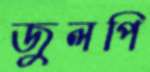
জুলপি